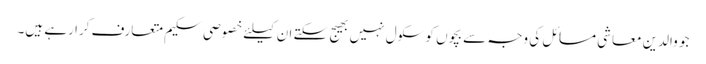
جو والدین معاشی مسائل کی وجہ سے بچوں کو سکول نہیں بھیج سکتے ان کیلئے خصوصی سکیم متعارف کرا رہے ہیں۔